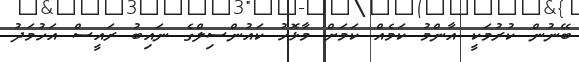
ބޭނުން ކުރުމަކީ އާންމު ކަމެއް ކަމަށް މާޅޮހު ކައުންސިލްގެ ނައިބު ރައީސް އަހުމަދު